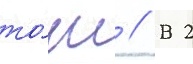
то́нг // В 2